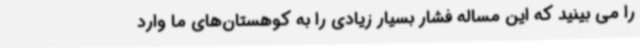
را می بینید که این مساله فشار بسیار زیادی را به کوهستان‌های ما وارد